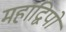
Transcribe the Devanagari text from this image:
महाद्विपों